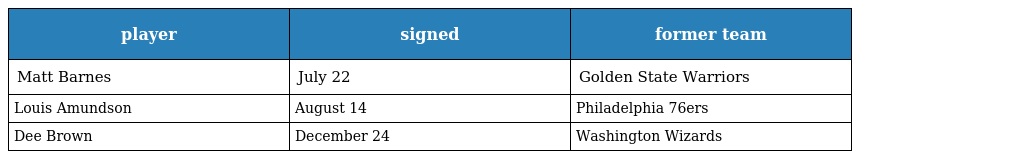
| player | signed | former team |
 | --- | --- | --- |
 | Matt Barnes | July 22 | Golden State Warriors |
 | Louis Amundson | August 14 | Philadelphia 76ers |
 | Dee Brown | December 24 | Washington Wizards |